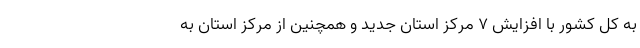
به کل کشور با افزایش ۷ مرکز استان جدید و همچنین از مرکز استان به